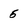
Character: 5